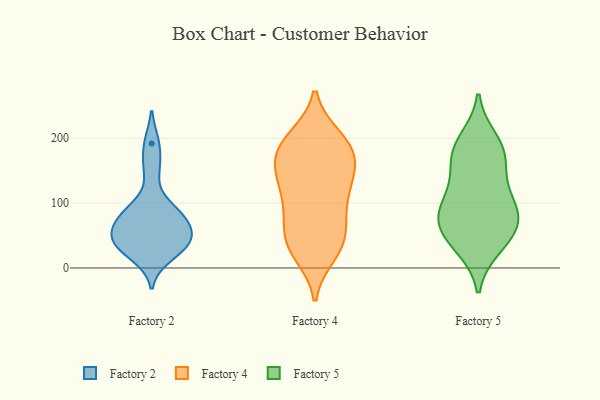
{"axis": {"x": "Humidity (%)", "y": "Value"}, "legend": ["Factory 2", "Factory 4", "Factory 5"], "data": [{"x": "", "y": 76, "type": "Factory 2"}, {"x": "", "y": 72, "type": "Factory 2"}, {"x": "", "y": 18, "type": "Factory 2"}, {"x": "", "y": 52, "type": "Factory 2"}, {"x": "", "y": 93, "type": "Factory 2"}, {"x": "", "y": 192, "type": "Factory 2"}, {"x": "", "y": 51, "type": "Factory 2"}, {"x": "", "y": 153, "type": "Factory 2"}, {"x": "", "y": 38, "type": "Factory 2"}, {"x": "", "y": 85, "type": "Factory 2"}, {"x": "", "y": 35, "type": "Factory 2"}, {"x": "", "y": 36, "type": "Factory 2"}, {"x": "", "y": 145, "type": "Factory 4"}, {"x": "", "y": 98, "type": "Factory 4"}, {"x": "", "y": 187, "type": "Factory 4"}, {"x": "", "y": 154, "type": "Factory 4"}, {"x": "", "y": 129, "type": "Factory 4"}, {"x": "", "y": 75, "type": "Factory 4"}, {"x": "", "y": 113, "type": "Factory 4"}, {"x": "", "y": 159, "type": "Factory 4"}, {"x": "", "y": 199, "type": "Factory 4"}, {"x": "", "y": 35, "type": "Factory 4"}, {"x": "", "y": 73, "type": "Factory 4"}, {"x": "", "y": 49, "type": "Factory 4"}, {"x": "", "y": 174, "type": "Factory 4"}, {"x": "", "y": 39, "type": "Factory 4"}, {"x": "", "y": 120, "type": "Factory 4"}, {"x": "", "y": 30, "type": "Factory 4"}, {"x": "", "y": 22, "type": "Factory 4"}, {"x": "", "y": 192, "type": "Factory 4"}, {"x": "", "y": 174, "type": "Factory 4"}, {"x": "", "y": 200, "type": "Factory 4"}, {"x": "", "y": 108, "type": "Factory 5"}, {"x": "", "y": 168, "type": "Factory 5"}, {"x": "", "y": 63, "type": "Factory 5"}, {"x": "", "y": 107, "type": "Factory 5"}, {"x": "", "y": 32, "type": "Factory 5"}, {"x": "", "y": 191, "type": "Factory 5"}, {"x": "", "y": 61, "type": "Factory 5"}, {"x": "", "y": 198, "type": "Factory 5"}, {"x": "", "y": 71, "type": "Factory 5"}, {"x": "", "y": 81, "type": "Factory 5"}, {"x": "", "y": 112, "type": "Factory 5"}, {"x": "", "y": 33, "type": "Factory 5"}, {"x": "", "y": 70, "type": "Factory 5"}, {"x": "", "y": 159, "type": "Factory 5"}, {"x": "", "y": 171, "type": "Factory 5"}]}